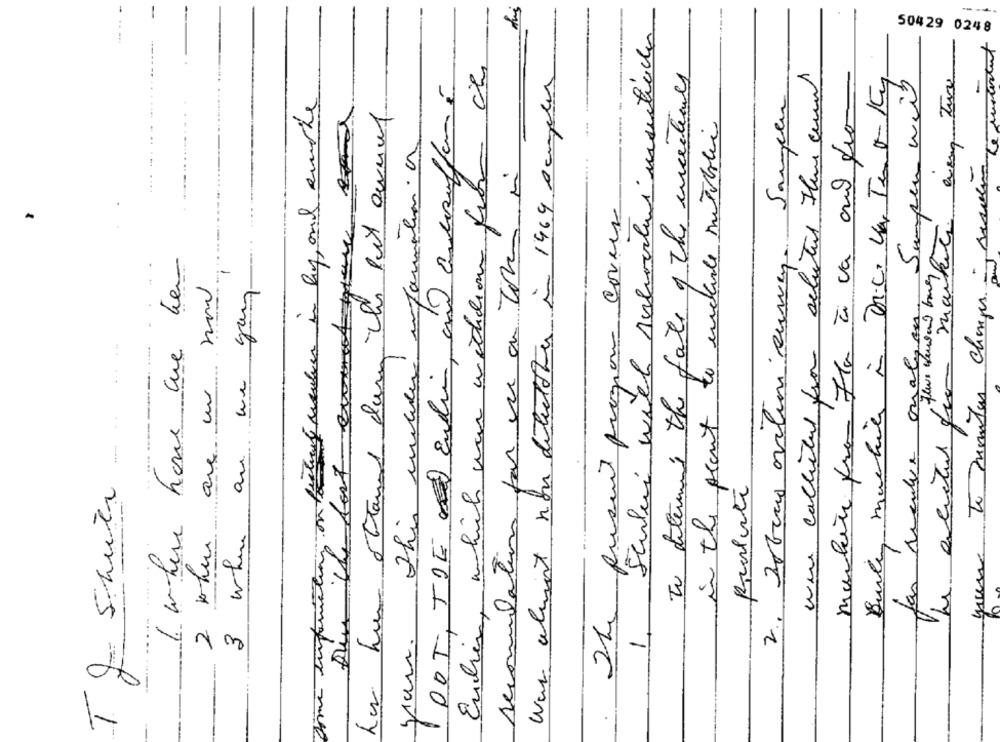
-... -
-
Seulei will schoolmi insecticche
504 29 0248
------..
Encher, which was withhim from its
To determine the fate of the mental
wwe collietal for selected Fre ceund
Burles machines in Dice la Tent Ky
Was almost nou detectother in 1969 A cumplir
marketa from Fta à va and from
Sumpen weiß
-
1 POT, TDE audio, co asusoffamé
Dime information on factuur meulen in by, and smoke
---
--
2. Jobens avitin sumer. Sangen
ha ham ottaund dann this bit avnat
in the scent to include mitcholic
queme to monitor changes - server
This mutter information. a
seconilation par se au toro
The present program covers
..
1 where home are her
- mail
2 tohum are un non
3 when an we your
fas reculve onalyon.
La actual fio
-